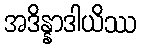
အဒိန္နာဒါယိဿ